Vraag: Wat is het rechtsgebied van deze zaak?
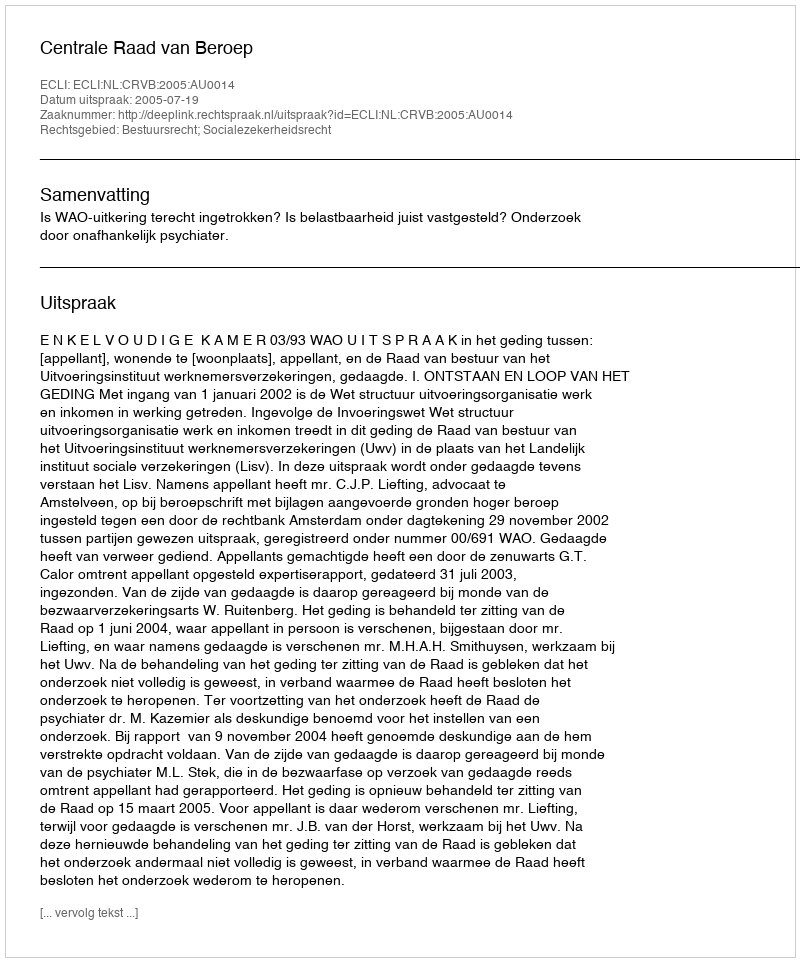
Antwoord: Bestuursrecht; Socialezekerheidsrecht